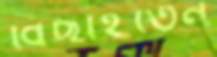
বিছাইতেন